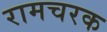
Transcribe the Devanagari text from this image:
रामचरक